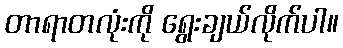
တာရာတလုံးကို ရွေးချယ်လိုက်ပါ။